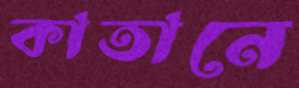
কাতানে